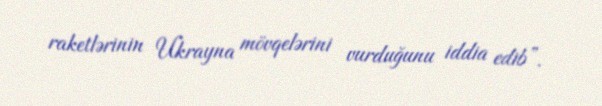
raketlərinin Ukrayna mövqelərini vurduğunu iddia edib”.